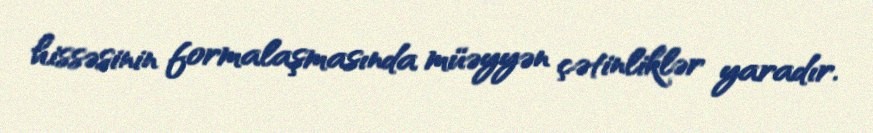
hissəsinin formalaşmasında müəyyən çətinliklər yaradır.